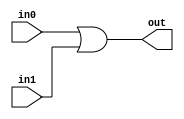
`timescale 1ns / 1ps
//////////////////////////////////////////////////////////////////////////////////


module oor(
            input in0,
            input in1,
            output out
    );
    assign out=in0|in1;
endmodule